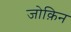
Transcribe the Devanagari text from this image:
जोक़िन